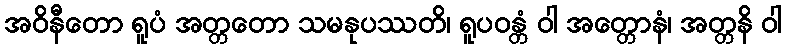
အဝိနီတော ရူပံ အတ္တတော သမနုပဿတိ၊ ရူပဝန္တံ ဝါ အတ္တောနံ၊ အတ္တနိ ဝါ